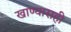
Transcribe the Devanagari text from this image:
खाण्यासही